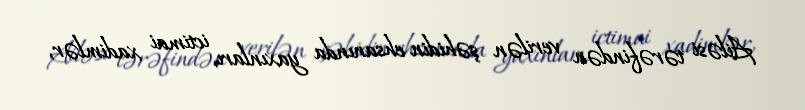
Ailəsi tərəfindən verilən şəhidin ehsanında yaxınları, ictimai xadimlər,